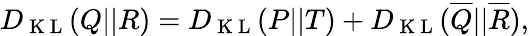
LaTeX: D_{\mathrm{~K~L~}}(Q||R)=D_{\mathrm{~K~L~}}(P||T)+D_{\mathrm{~K~L~}}(\overline{{Q}}||\overline{{R}}),